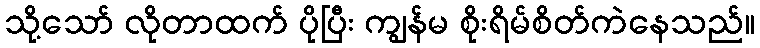
သို့သော် လိုတာထက် ပိုပြီး ကျွန်မ စိုးရိမ်စိတ်ကဲနေသည်။